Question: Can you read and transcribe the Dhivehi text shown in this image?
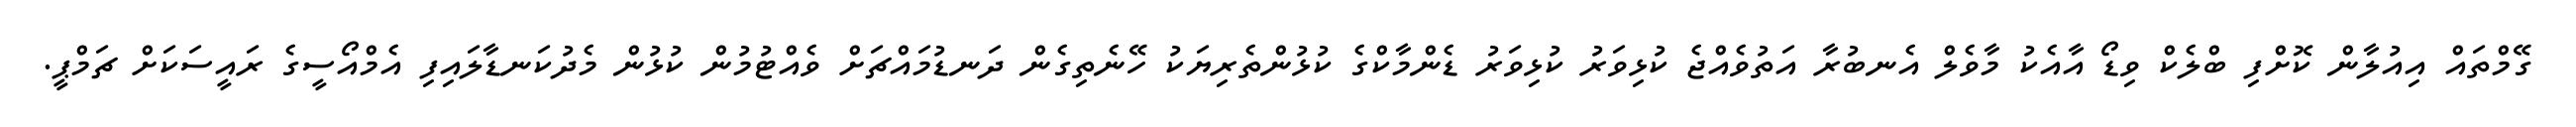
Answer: ގޭމްތައް އިއުލާން ކޮށްފި ބްލެކް ވިޑޯ އާއެކު މާވެލް އެނބުރާ އަތުވެއްޖެ ކުޅިވަރު ކުޅިވަރު ޑެންމާކްގެ ކުޅުންތެރިޔަކު ހޭނެތިގެން ދަނޑުމައްޗަށް ވެއްޓުމުން ކުޅުން މެދުކަނޑާލައިފި އެމްއޯސީގެ ރައީސަކަށް ޗަމްޕީ.